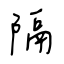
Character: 隔